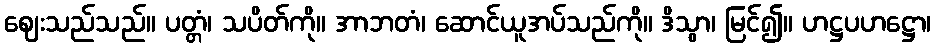
ဈေးသည်သည်။ ပတ္တံ၊ သပိတ်ကို။ အာဘတံ၊ ဆောင်ယူအပ်သည်ကို။ ဒိသွာ၊ မြင်၍။ ဟဋ္ဌပဟဋ္ဌော၊